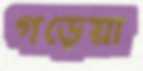
গড়েয়া